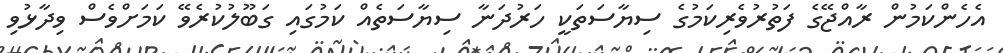
އެހެންކަމުން ރާއްޖޭގެ ފަތުރުވެރިކަމުގެ ސިޔާސަތަކީ ހަރުދަނާ ސިޔާސަތެއް ކަމުގައި ގަބޫލުކުރެވޭ ކަމަށްވެސް ވިދާޅުވި